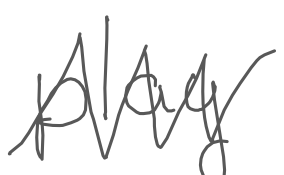
Text: play
Cross-out: mix
Writing tool: digital_gray